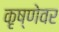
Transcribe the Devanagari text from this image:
कृष्णेवर